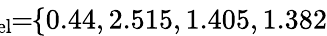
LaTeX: \! \! \! \! \! \! \overline{{\lambda}}_{\mathrm{{rel}}}\! \! =\! \! \{ 0.44,2.515,1.405,1.382\} \! \! \!